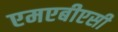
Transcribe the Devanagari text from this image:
एमएबीएसी